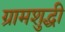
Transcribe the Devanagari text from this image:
ग्रामशुद्धी